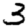
Digit: 3